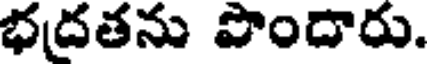
భద్రతను పొందారు.